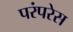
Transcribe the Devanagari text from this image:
परंपरेस